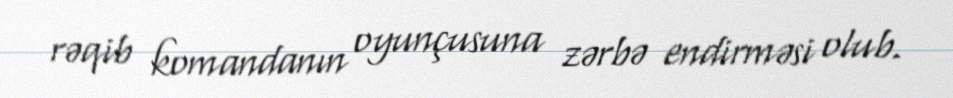
rəqib komandanın oyunçusuna zərbə endirməsi olub.